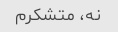
نه، متشکرم